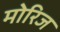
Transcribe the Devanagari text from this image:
मोरिज